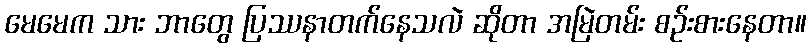
မေမေက သား ဘာတွေ ပြဿနာတက်နေသလဲ ဆိုတာ အမြဲတမ်း စဉ်းစားနေတာ။